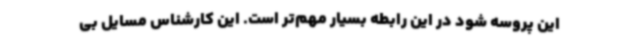
این پروسه شود در این رابطه بسیار مهم‌تر است. این کارشناس مسایل بی